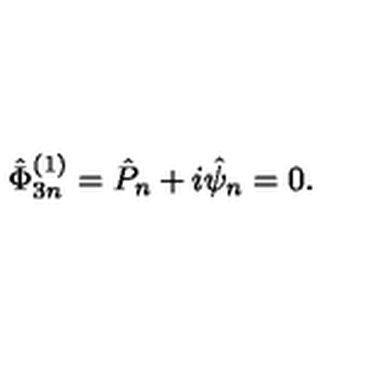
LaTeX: \hat { \Phi } _ { 3 n } ^ { ( 1 ) } = \hat { P } _ { n } + i \hat { \psi } _ { n } = 0 .